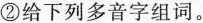
②给下列多音字组词。